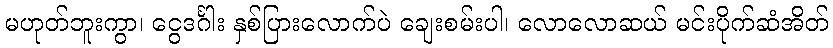
မဟုတ်ဘူးကွာ၊ ငွေဒင်္ဂါး နှစ်ပြားလောက်ပဲ ချေးစမ်းပါ၊ လောလောဆယ် မင်းပိုက်ဆံအိတ်